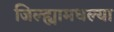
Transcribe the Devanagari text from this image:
जिल्ह्यामधल्या